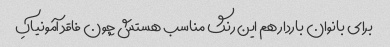
برای بانوان باردار هم این رنگ مناسب هستش چون فاقد آمونیاکِ